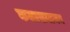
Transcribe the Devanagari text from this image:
कलासमाजम